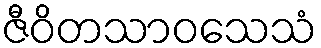
ဇီဝိတသာဝသေသံ